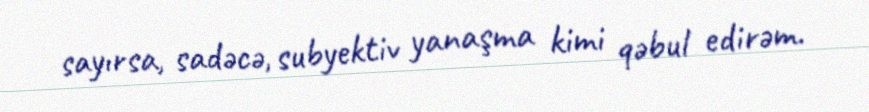
sayırsa, sadəcə, subyektiv yanaşma kimi qəbul edirəm.